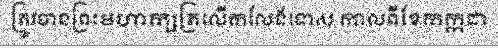
ត្រូវបានព្រះមហាក្សត្រលើកលែងទោស កាលពីខែកក្កដា